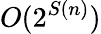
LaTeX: O(2^{S(n)})